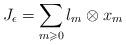
LaTeX: \begin{align*}J_\epsilon = \sum_{m \geqslant 0} l_m \otimes x_m\end{align*}